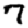
Digit: 7